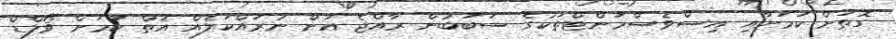
ގޮތަށް ކަމަށާއި އިސްވެސްމަންޓްތަކުގެ ސަބަބުން ރާއްޖެ އަށް ނުރައްކަލެއް އޮތް ކަމަށް ވޯލްޑް